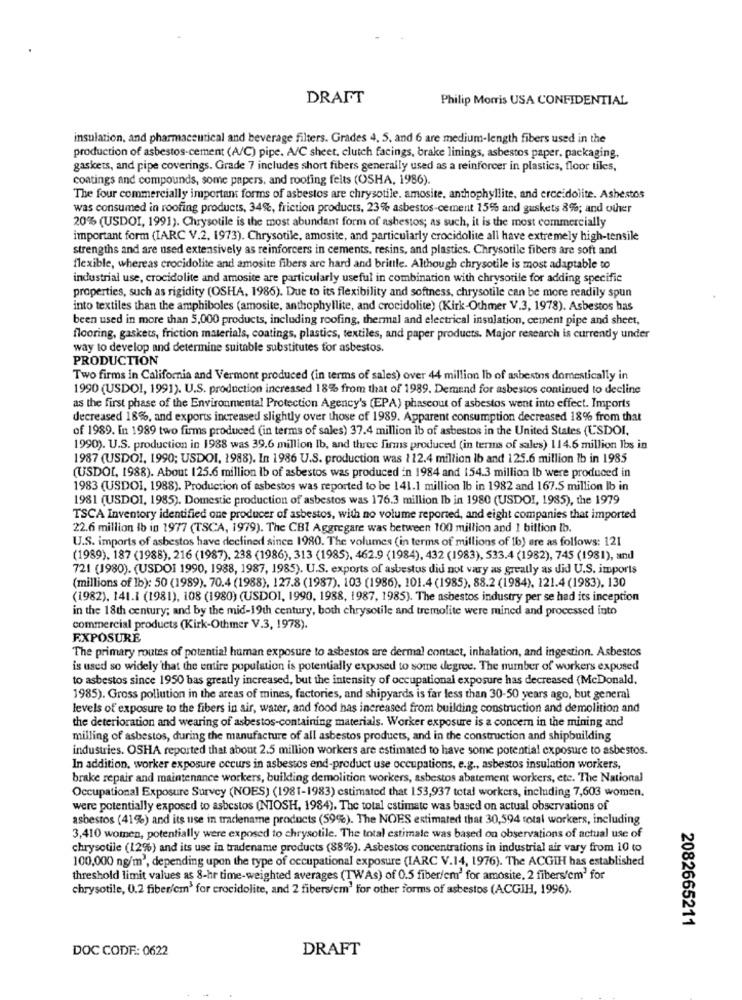
DRAFT
Philip Morris USA CONFIDENTIAL
insulation, and pharmaceutical and beverage filters. Grades 4, 5, and 6 are medium-length fibers used in the
production of asbestos-cement (A/C) pipe. A/C sheet, clutch facings, brake linings, asbestos paper, packaging,
gaskets, and pipe coverings. Grade 7 includes short fibers generally used as a reinforcer in plastics, floor tiles,
coatings and compounds, some papers, and rooting felts (OSHA, 1986).
The four commercially important forms of asbestos are chrysotile. amosite, anthophyllite, and crecidolite. Ashestos
was consumed in roofing products, 34%, friction products, 23% asbestos-cement 15% and guskets 8%; and other
20% (USDOI, 1991). Chrysotile is the most abundant form of asbestos; as such, it is the most commercially
important form (IARC V.2. 1973). Chrysotile, amosite, and particularly crocidolite all have extremely high-tensile
strengths and are used extensively as reinforcers in cements, resins, and plastics. Chrysotile fibers are soft and
flexible, whereas crocidolite and amosite fibers are hard and brittle. Although chrysotile is most adaptable to
industrial use, crocidolite and amosite are particularly useful in combination with chrysotile for adding specific
properties, such as rigidity (OSHA, 1986). Due to its flexibility and softness, chrysotile can be more readily spun
into textiles than the amphiboles (amosite, anthophyllite, and crocidolite) (Kirk-Ochmer V.3, 1978). Asbestos has
been used in more than 5,000 products, including roofing, thermal and electrical insulation, cement pipe and sheet,
flooring, gaskets, friction materials, coatings, plastics, textiles, and paper products. Major research is currently under
way to develop and determine suitable substitutes for asbestos.
PRODUCTION
Two firms in California and Vermont produced (in terms of sales) over 44 million Ib of asbestos domestically in
1990 (USDOI, 1991). U.S. production increased 18% from that of 1989. Demand for asbestos continued to decline
as the first phase of the Environmental Protection Agency's (EPA) phaseout of asbestos went into effect. Imports
decreased 18%, and exports increased slightly over those of 1989. Apparent consumption decreased 18% from that
of 1989. In 1989 two firms produced (in terms of sales) 37.4 million lb of asbestos in the United States (USDOI,
1990). U.S. production in 1988 was 39.6 million Ib, and three firms produced (in terms of sales) 114.6 million Ibs in
1987 (USDO !, 1990; USDOI, 1988). In 1986 U.S. production was 112.4 million ib and 125.6 million Ib in 1985
(USDOL, 1988). About 125.6 million ib of asbestos was produced in 1984 and 154.3 million Ib were produced in
1983 (USDOI, 1988). Production of asbestos was reported to be 141.1 million lb in 1982 and 167.5 million Ib in
1981 (USDOI, 1985). Domestic production of asbestos was 176.3 million Ib in 1980 (USDOI, 1985), the 1979
TSCA Inventory identified one producer of asbestos, with no volume reported, and eight companies that imported
22.6 million ib in 1977 (TSCA, 1979). The CBI Aggregare was between 100 million and 1 billion Ib.
U.S. imports of asbestos have declined since 1980. The volumes (in terms of millions of 1b) are as follows: 121
(1989), 187 (1988). 216 (1987). 238 (1986), 313 (1985), 462.9 (1984), 432 (1983), 533.4 (1982), 745 (1981), and
721 (1980). (USDOI 1990, 1988, 1987, 1985). U.S. exports of asbestos did not vary as greatly as did U.S. imports
(millions of lb): 50 (1989). 70.4 (1988), 127.8 (1987). 103 (1986), 101.4 (1985), 88.2 (1984). 121.4 (1983), 130
(1982). 141.1 (1981), 108 (1980) (USDO1, 1990, 1988, 1987, 1985). The asbestos industry per se had its inception
in the 18th century; and by the mid-19th century, both chrysotile and tremolite were mined and processed into
commercial products (Kirk-Othmer V.3, 1978).
EXPOSURE
The primary routes of potential human exposure to asbestos are dermal contact, inhalation, and ingestion. Asbestos
is used so widely that the entire population is potentially exposed to some degree. The number of workers expused
to asbestos since 1950 bas greatly increased, but the intensity of occupational exposure has decreased (McDonald.
1985). Gross pollution in the areas of mines, factories, and shipyards is far less than 30-50 years ago, but general
levels of exposure to the fibers in air, water, and food has increased from building construction and demolition and
the deterioration and wearing of asbestos-containing materials. Worker exposure is a concern in the mining and
milling of asbestos, during the manufacture of all asbestos products, and in the construction and shipbuilding
industries. OSHA reported that about 2.5 million workers are estimated to have some potential exposure to asbestos.
In addition, worker exposure cecurs in asbestos end-product use occupations, e.g ., asbestos insulation workers,
brake repair and maintenance workers, building demolition workers, asbestos abatement workers, etc. The National
Occupational Exposure Survey (NOES) (1981-1983) estimated that 153,937 total workers, including 7,603 women.
were potentially exposed to asbestos (NIOSH, 1984). The total estimate was based on actual observations of
asbestos (41%) and its use in tradename products (59%). The NOES estimated that 30,594 total workers, including
3,410 women, potentially were exposed to chrysotile. The total estimate was based on observations of actual use of
chrysotile (12%) and its use in tradename products (88%). Asbestos concentrations in industrial air vary from 10 to
100,000 ng/m3, depending upon the type of occupational exposure (IARC V.14, 1976). The ACGIH has established
threshold limit values as 8-hr time-weighted averages (TWAs) of 0.5 fiber/cm' for amosite, 2 fibers/cm' for
chrysotile, 0.2 fiber/cm3 for crocidolite, and 2 fibers/em' for other forms of asbestos (ACGIH, 1996).
2082665211
DOC CODE: 0622
DRAFT